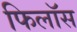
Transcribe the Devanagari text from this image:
फिलॉस